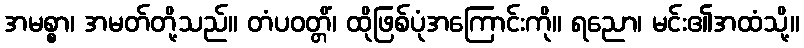
အမစ္စာ၊ အမတ်တို့သည်။ တံပဝတ္တိံ၊ ထိုဖြစ်ပုံအကြောင်းကို။ ရညော၊ မင်း၏အထံသို့။